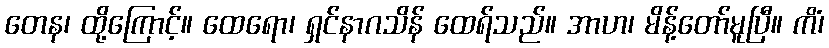
တေန၊ ထို့ကြောင့်။ ထေရော၊ ရှင်နာဂသိန် ထေရ်သည်။ အာဟ၊ မိန့်တော်မူပြီ။ ကိံ၊